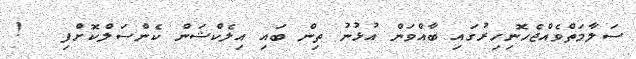
ސަލާމަތްވެއްޖެހޮނިހިރުގައި ބާއްވަން އުޅުނު ތިން ބައި އިލެކްޝަން ކެންސަލްކޮށްފި   !